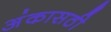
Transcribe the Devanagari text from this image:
अंकासठी